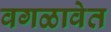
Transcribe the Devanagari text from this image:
वगळावेत